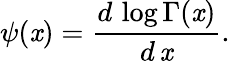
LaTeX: \psi(\mathit{x})=\frac{{d\, \log\Gamma(\mathit{x})}}{{d\, \mathit{x}}}.